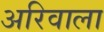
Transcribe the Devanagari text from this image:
अरिवाला